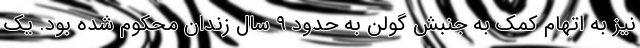
نیز به اتهام کمک به جنبش گولن به حدود ۹ سال زندان محکوم شده بود. یک